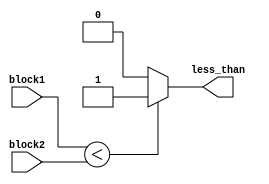
module less_than_comparator(
    input [31:0] block1,
    input [31:0] block2,
    output less_than
);

assign less_than = (block1 < block2) ? 1'b1 : 1'b0;

endmodule